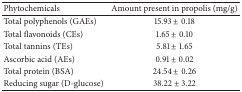
<table><thead><tr><td><b>Phytochemicals</b></td><td><b>Amount present in propolis (mg/g)</b></td></tr></thead><tbody><tr><td>Total polyphenols (GAEs)</td><td>15.93 ± 0.18</td></tr><tr><td>Total flavonoids (CEs)</td><td>1.65 ± 0.10</td></tr><tr><td>Total tannins (TEs)</td><td>5.81 ± 1.65</td></tr><tr><td>Ascorbic acid (AEs)</td><td>0.91 ± 0.02</td></tr><tr><td>Total protein (BSA)</td><td>24.54 ± 0.26</td></tr><tr><td>Reducing sugar (D-glucose)</td><td>38.22 ± 3.22</td></tr></tbody></table>